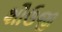
શૌઉજી